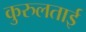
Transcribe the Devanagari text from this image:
कुरुलताई